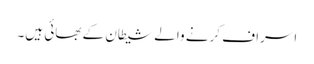
اسراف کرنے والے شیطان کے بھائی ہیں۔